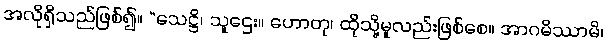
အလိုရှိသည်ဖြစ်၍။ “သေဋ္ဌိ၊ သူဌေး။ ဟောတု၊ ထိုသို့မူလည်းဖြစ်စေ။ အာဂမိဿာမိ၊